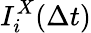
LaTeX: I_{i}^{X}(\Delta t)